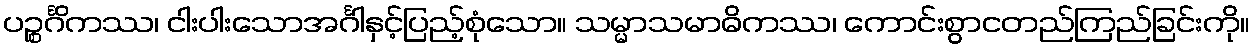
ပဉ္စင်္ဂိကဿ၊ ငါးပါးသောအင်္ဂါနှင့်ပြည့်စုံသော။ သမ္မာသမာဓိကဿ၊ ကောင်းစွာငတည်ကြည်ခြင်းကို။